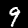
Label: 9